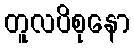
တူလပိစုနော